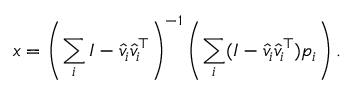
x = \left( \sum _ { i } I - { \hat { v } } _ { i } { \hat { v } } _ { i } ^ { \top } \right) ^ { - 1 } \left( \sum _ { i } ( I - { \hat { v } } _ { i } { \hat { v } } _ { i } ^ { \top } ) p _ { i } \right) .